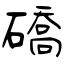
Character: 礄